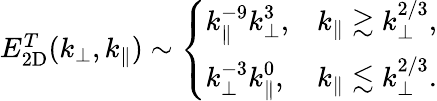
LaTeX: \begin{array}{r}{E_{2\mathrm{D}}^{T}(k_{\perp},k_{\parallel})\sim\left\{ \begin{array}{ll}{\displaystyle k_{\parallel}^{-9}k_{\perp}^{3},}&{\displaystyle k_{\parallel}\gtrsim k_{\perp}^{2/3},}\\ {\displaystyle k_{\perp}^{-3}k_{\parallel}^{0},}&{\displaystyle k_{\parallel}\lesssim k_{\perp}^{2/3}.}\end{array}\right.}\end{array}